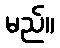
မည်။